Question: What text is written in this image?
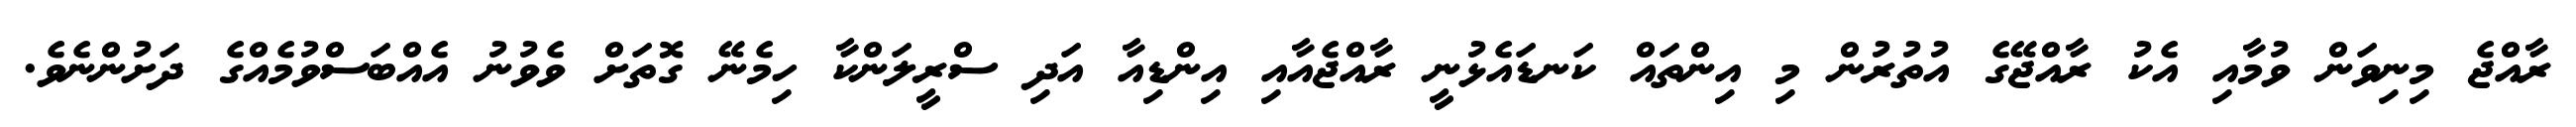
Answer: ރާއްޖެ މިނިވަން ވުމާއި އެކު ރާއްޖޭގެ އުތުރުން މި އިންތައް ކަނޑައެޅުނީ ރާއްޖެއާއި އިންޑިއާ އަދި ސްރީލަންކާ ހިމެނޭ ގޮތަށް ވެވުނު އެއްބަސްވުމެއްގެ ދަށުންނެވެ.